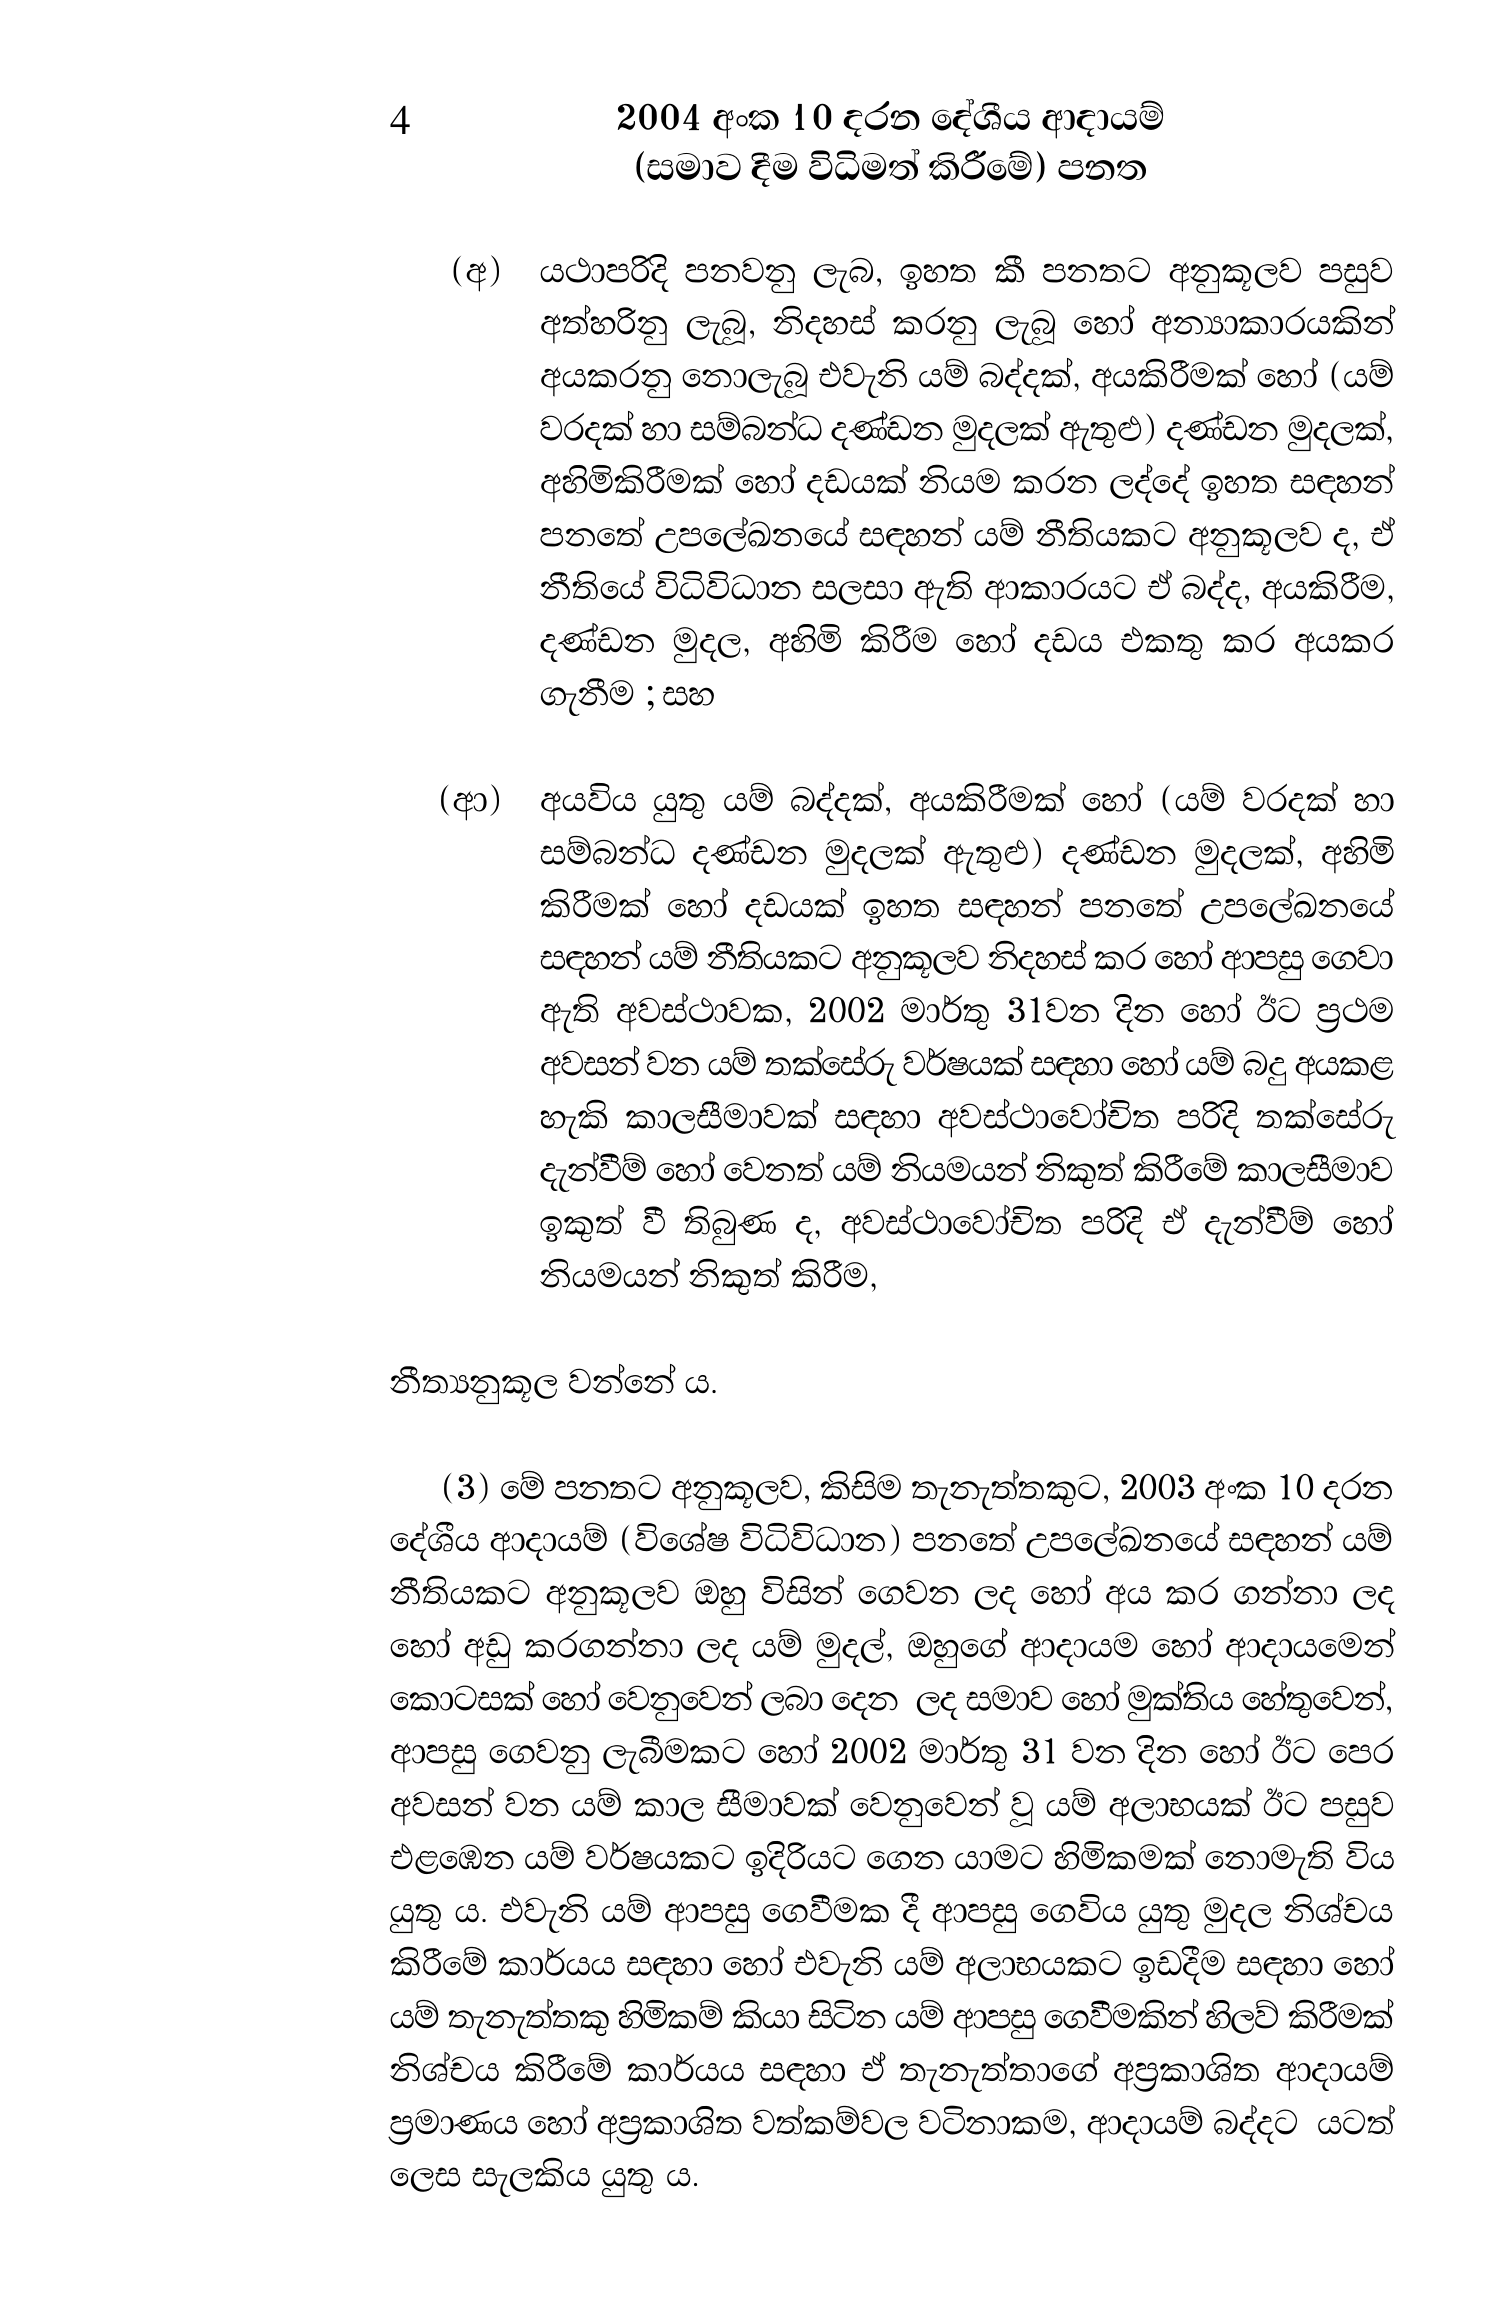
4 2004 අංක 10 දරන දේශීය ආදායම්
(සමාව දීම විධිමත් කිරීමේ) පනත

(අ) යථාපරිදි පනවනු ලැබ, ඉහත කී පනතට අනුකූලව පසුව
අත්හරිනු ලැබූ, නිදහස් කරනු ලැබූ හෝ අන්‍යාකාරයකින්
අයකරනු නොලැබූ එවැනි යම් බද්දක්, අයකිරීමක් හෝ (යම්
වරදක් හා සම්බන්ධ දණ්ඩන මුදලක් ඇතුළු) දණ්ඩන මුදලක්,
අහිමිකිරීමක් හෝ දඩයක් නියම කරන ලද්දේ ඉහත සඳහන්
පනතේ උපලේඛනයේ සඳහන් යම් නීතියකට අනුකූලව ද,ඒ
නීතියේ විධිවිධාන සලසා ඇති ආකාරයට ඒ බද්ද, අයකිරීම,
දණ්ඩන මුදල, අහිමි කිරීම හෝ දඩය එකතු කර අයකර
ගැනීම ; සහ

(ආ) අයවිය යුතු යම් බද්දක්, අයකිරීමක් හෝ (යම් වරදක් හා
සම්බන්ධ දණ්ඩන මුදලක් ඇතුළු) දණ්ඩන මුදලක්, අහිමි
කිරීමක් හෝ දඩයක් ඉහත සඳහන් පනතේ උපලේඛනයේ
සඳහන් යම් නීතියකට අනුකූලව නිදහස් කර හෝ ආපසු ගෙවා
ඇති අවස්ථාවක, 2002 මාර්තු 31වන දින හෝ ඊට ප්‍රථම
අවසන් වන යම් තක්සේරු වර්ෂයක් සඳහා හෝ යම් බදු අයකළ
හැකි කාලසීමාවක් සඳහා අවස්ථාවෝචිත පරිදි තක්සේරු
දැන්වීම් හෝ වෙනත් යම් නියමයන් නිකුත් කිරීමේ කාලසීමාව
ඉකුත් වී තිබුණ ද, අවස්ථාවෝචිත පරිදි ඒ දැන්වීම් හෝ
නියමයන් නිකුත් කිරීම,

නීත්‍යනුකූල වන්නේ ය.

(3) මේ පනතට අනුකූලව, කිසිම තැනැත්තකුට, 2003 අංක 10 දරන
දේශීය ආදායම් (විශේෂ විධිවිධාන) පනතේ උපලේඛනයේ සඳහන් යම්
නීතියකට අනුකූලව ඔහු විසින් ගෙවන ලද හෝ අය කර ගන්නා ලද
හෝ අඩු කරගන්නා ලද යම් මුදල්, ඔහුගේ ආදායම හෝ ආදායමෙන්
කොටසක් හෝ වෙනුවෙන් ලබා දෙන ලද සමාව හෝ මුක්තිය හේතුවෙන්,
ආපසු ගෙවනු ලැබීමකට හෝ 2002 මාර්තු 31 වන දින හෝ ඊට පෙර
අවසන් වන යම් කාල සීමාවක් වෙනුවෙන් වූ යම් අලාභයක් ඊට පසුව
එළඹෙන යම් වර්ෂයකට ඉදිරියට ගෙන යාමට හිමිකමක් නොමැති විය
යුතු ය. එවැනි යම් ආපසු ගෙවීමක දී ආපසු ගෙවිය යුතු මුදල නිශ්චය
කිරීමේ කාර්යය සඳහා හෝ එවැනි යම් අලාභයකට ඉඩදීම සඳහා හෝ
යම් තැනැත්තකු හිමිකම් කියා සිටින යම් ආපසු ගෙවීමකින් හිලව් කිරීමක්
නිශ්චය කිරීමේ කාර්යය සඳහා ඒ තැනැත්තාගේ අප්‍රකාශිත ආදායම්
ප්‍රමාණය හෝ අප්‍රකාශිත වත්කම්වල වටිනාකම, ආදායම් බද්දට යටත්
ලෙස සැලකිය යුතු ය.